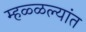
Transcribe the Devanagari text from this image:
म्हळ्ळल्यांत